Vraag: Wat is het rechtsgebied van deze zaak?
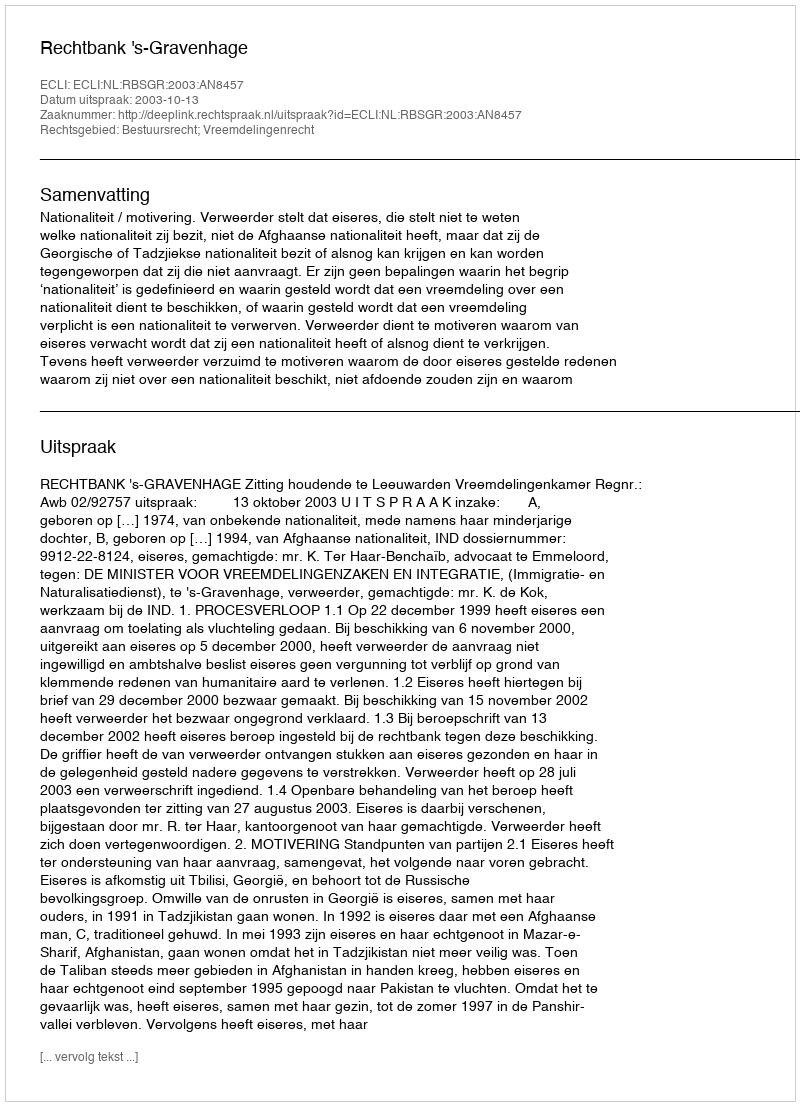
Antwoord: Bestuursrecht; Vreemdelingenrecht